Indian Civil Veterinary Department memoirs
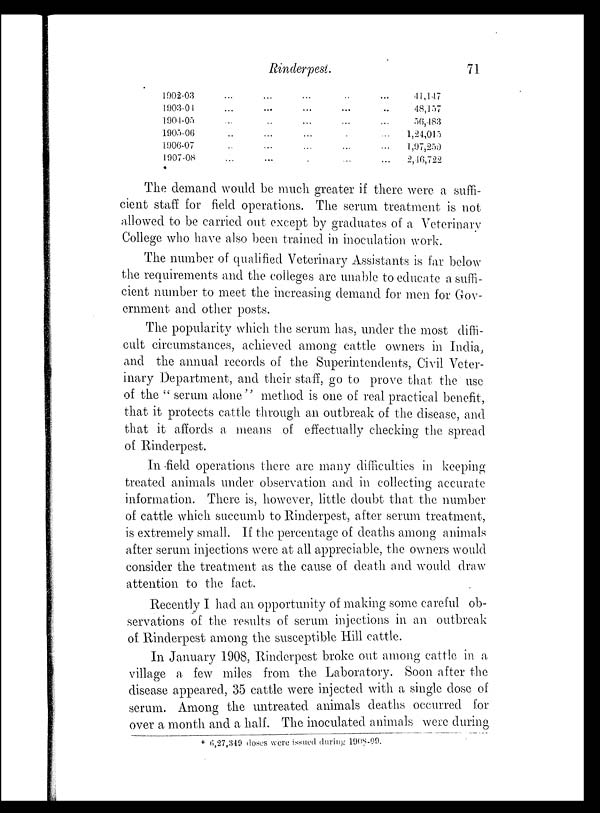
Rinderpest.
71
1902-03
1903-04
1904-05
1905-06
1906-07
1907-08
...
...
...
..
..
...
...
...
..
...
...
...
...
...
...
...
...
.
..
...
...
.
...
...
...
...
...
...
...
...
41,147
48,157
56,483
1,24,015
1,97,259
2,46,722
The demand would be much greater if there were a suffi-
cient staff for field operations. The serum treatment is not
allowed to be carried out except by graduates of a Veterinary
College who have also been trained in inoculation work.
The number of qualified Veterinary Assistants is far below
the requirements and the colleges are unable to educate a suffi-
cient number to meet the increasing demand for men for Gov-
ernment and other posts.
The popularity which the serum has, under the most diffi-
cult circumstances, achieved among cattle owners in India,
and the annual records of the Superintendents, Civil Veter-
inary Department, and their staff, go to prove that the use
of the "serum alone" method is one of real practical benefit,
that it protects cattle through an outbreak of the disease, and
that it affords a means of effectually checking the spread
of Rinderpest.
In field operations there are many difficulties in keeping
treated animals under observation and in collecting accurate
information. There is, however, little doubt that the number
of cattle which succumb to Rinderpest, after serum treatment,
is extremely small. If the percentage of deaths among animals
after serum injections were at all appreciable, the owners would
consider the treatment as the cause of death and would draw
attention to the fact.
Recently I had an opportunity of making some careful ob-
servations of the results of serum injections in an outbreak
of Rinderpest among the susceptible Hill cattle.
In January 1908, Rinderpest broke out among cattle in a
village a few miles from the Laboratory. Soon after the
disease appeared, 35 cattle were injected with a single dose of
serum. Among the untreated animals deaths occurred for
over a month and a half. The inoculated animals were during
* 6,27,349 doses were issued during 1908-09.